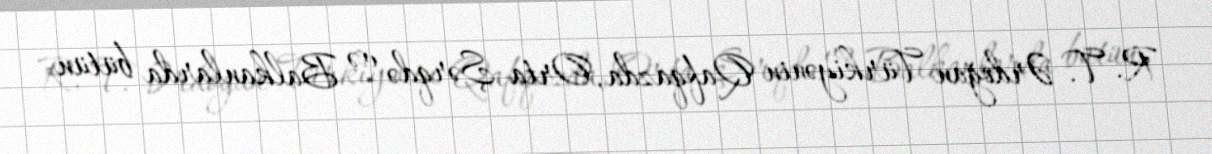
R. T. Ərdoğan Türkiyənin Qafqazda, Orta Şərqdə və Balkanlarda bütün